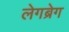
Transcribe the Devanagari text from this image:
लेगब्रेग